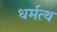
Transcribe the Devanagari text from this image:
धर्मत्थ